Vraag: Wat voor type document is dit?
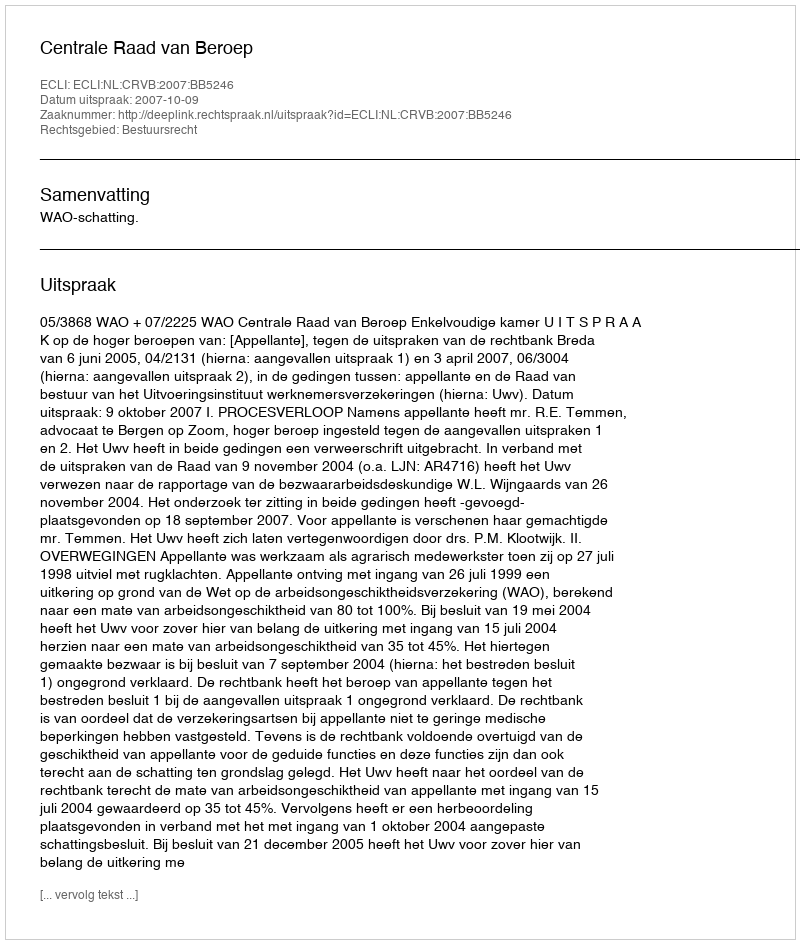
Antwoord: Uitspraak